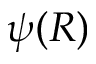
\psi ( R )